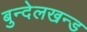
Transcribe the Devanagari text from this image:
बुन्देलखन्ड